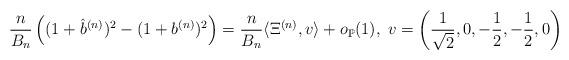
LaTeX: \begin{align*}\frac{n}{B_n}\left((1+\hat b^{(n)})^2 - (1+ b^{(n)})^2 \right) = \frac{n}{B_n}\langle \Xi^{(n)},v\rangle + o_{\mathbb P}(1),\; v = \left(\frac{1}{\sqrt{2}},0,-\frac{1}{2},-\frac{1}{2},0\right)\end{align*}